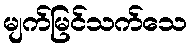
မျက်မြင်သက်သေ